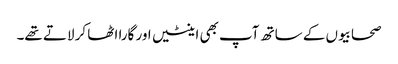
صحابیوں کے ساتھ آپ بھی اینٹیں اور گارا اٹھا کر لاتے تھے۔